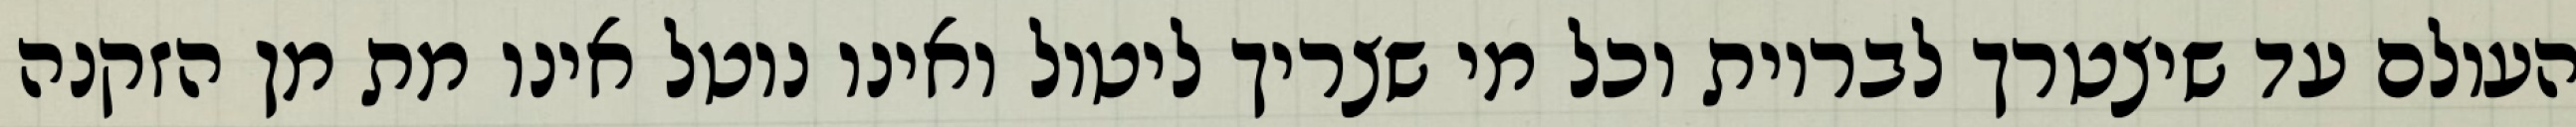
העולם עד שיצטרך לבריות וכל מי שצריך ליטול ואינו נוטל אינו מת מן הזקנה